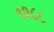
૧૨૮૮